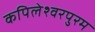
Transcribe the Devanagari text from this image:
कपिलेश्वरपुरम